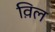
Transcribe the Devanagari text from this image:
व़िल